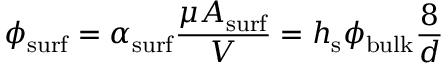
\phi _ { \mathrm { s u r f } } = \alpha _ { \mathrm { s u r f } } \frac { \mu A _ { \mathrm { s u r f } } } { V } = h _ { \mathrm { s } } \phi _ { \mathrm { b u l k } } \frac { 8 } { d }